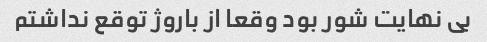
بی نهایت شور بود وقعا از باروژ توقع نداشتم